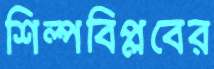
শিল্পবিপ্লবের